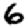
Digit: 6